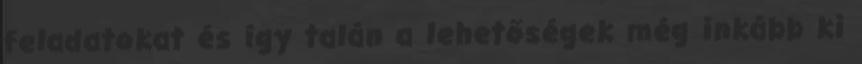
feladatokat és így talán a lehetőségek még inkább ki